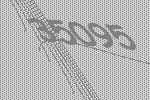
35095